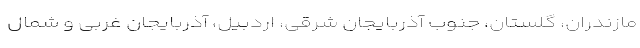
مازندران، گلستان، جنوب آذربایجان شرقی، اردبیل، آذربایجان غربی و شمال